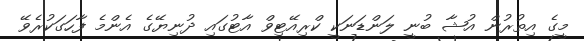
މީގެ އިތުރުން އުޝާ ބުނީ ލަންޑަނަކީ ކްރިއޭޓިވް އާޓުގައި ދުނިޔޭގެ އެންމެ ފާހަގަކުރެވޭ